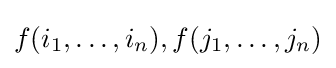
f(i_{1},\ldots ,i_{n}),f(j_{1},\ldots ,j_{n})